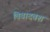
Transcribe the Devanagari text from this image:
विवादवश